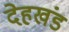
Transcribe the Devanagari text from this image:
देहखंड